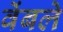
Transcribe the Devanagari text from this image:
वेंबले